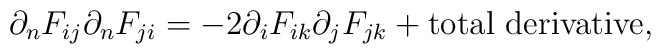
\partial_n F_{ij} \partial_n F_{ji}= -2 \partial_i F_{ik} \partial_j F_{jk}+ {\rm total~derivative},